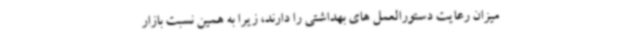
میزان رعایت دستورالعمل های بهداشتی را دارند، زیرا به همین نسبت بازار